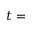
t =